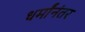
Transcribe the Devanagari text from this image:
धर्मांनंतर